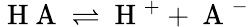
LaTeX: \mathrm{~H~A~}\rightleftharpoons\mathrm{~H~}^{+}+\mathrm{~A~}^{-}